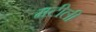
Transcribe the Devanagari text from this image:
मटीली